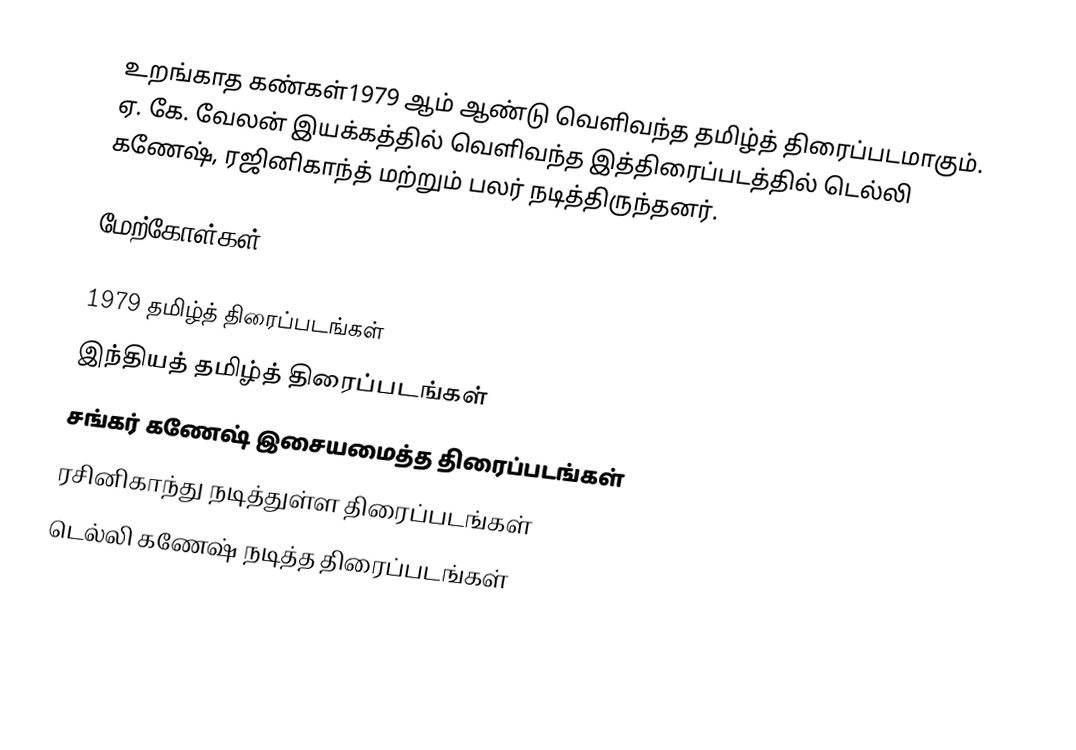
உறங்காத கண்கள்1979 ஆம் ஆண்டு வெளிவந்த தமிழ்த் திரைப்படமாகும். ஏ. கே. வேலன் இயக்கத்தில் வெளிவந்த இத்திரைப்படத்தில் டெல்லி கணேஷ், ரஜினிகாந்த் மற்றும் பலர் நடித்திருந்தனர்.

மேற்கோள்கள்

1979 தமிழ்த் திரைப்படங்கள்
இந்தியத் தமிழ்த் திரைப்படங்கள்
சங்கர் கணேஷ் இசையமைத்த திரைப்படங்கள்
ரசினிகாந்து நடித்துள்ள திரைப்படங்கள்
டெல்லி கணேஷ் நடித்த திரைப்படங்கள்